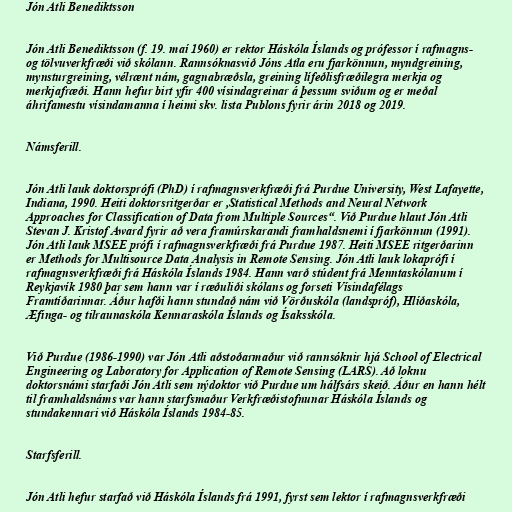
Jón Atli Benediktsson

Jón Atli Benediktsson (f. 19. maí 1960) er rektor Háskóla Íslands og prófessor í rafmagns-
og tölvuverkfræði við skólann. Rannsóknasvið Jóns Atla eru fjarkönnun, myndgreining,
mynsturgreining, vélrænt nám, gagnabræðsla, greining lífeðlisfræðilegra merkja og
merkjafræði. Hann hefur birt yfir 400 vísindagreinar á þessum sviðum og er meðal
áhrifamestu vísindamanna í heimi skv. lista Publons fyrir árin 2018 og 2019.

Námsferill.

Jón Atli lauk doktorsprófi (PhD) í rafmagnsverkfræði frá Purdue University, West Lafayette,
Indiana, 1990. Heiti doktorsritgerðar er ,Statistical Methods and Neural Network
Approaches for Classification of Data from Multiple Sources“. Við Purdue hlaut Jón Atli
Stevan J. Kristof Award fyrir að vera framúrskarandi framhaldsnemi í fjarkönnun (1991).
Jón Atli lauk MSEE prófi í rafmagnsverkfræði frá Purdue 1987. Heiti MSEE ritgerðarinn
er Methods for Multisource Data Analysis in Remote Sensing. Jón Atli lauk lokaprófi í
rafmagnsverkfræði frá Háskóla Íslands 1984. Hann varð stúdent frá Menntaskólanum í
Reykjavík 1980 þar sem hann var í ræðuliði skólans og forseti Vísindafélags
Framtíðarinnar. Áður hafði hann stundað nám við Vörðuskóla (landspróf), Hlíðaskóla,
Æfinga- og tilraunaskóla Kennaraskóla Íslands og Ísaksskóla.

Við Purdue (1986-1990) var Jón Atli aðstoðarmaður við rannsóknir hjá School of Electrical
Engineering og Laboratory for Application of Remote Sensing (LARS). Að loknu
doktorsnámi starfaði Jón Atli sem nýdoktor við Purdue um hálfsárs skeið. Áður en hann hélt
til framhaldsnáms var hann starfsmaður Verkfræðistofnunar Háskóla Íslands og
stundakennari við Háskóla Íslands 1984-85.

Starfsferill.

Jón Atli hefur starfað við Háskóla Íslands frá 1991, fyrst sem lektor í rafmagnsverkfræði